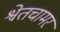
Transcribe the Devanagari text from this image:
श्वेतचामर